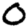
Digit: 0